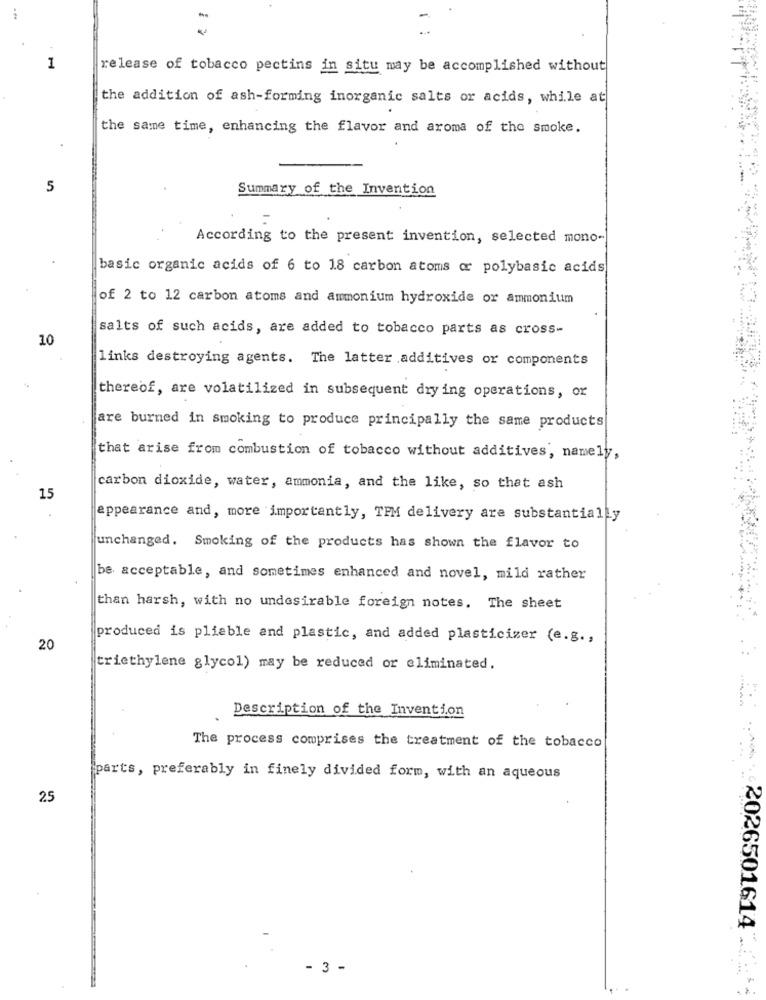
1
release of tobacco pectins in situ may be accomplished without
the addition of ash-forming inorganic salts or acids, while at
the same time, enhancing the flavor and aroma of the smoke.
5
Summary of the Invention
According to the present invention, selected mono-
basic organic acids of 6 to 18 carbon atoms or polybasic acids
of 2 to 12 carbon atoms and ammonium hydroxide or ammonium
salts of such acids, are added to tobacco parts as cross-
10
links destroying agents. The latter additives or components
thereof, are volatilized in subsequent drying operations, or
are burned in smoking to produce principally the same products
that arise from combustion of tobacco without additives, namely,
carbon dioxide, water, ammonia, and the like, so that ash
15
appearance and, more importantly, TPM delivery are substantially
unchanged. Smoking of the products has shown the flavor to
be acceptable, and sometimes enhanced and novel, mild rather
than harsh, with no undesirable foreign notes. The sheet
produced is pliable and plastic, and added plasticizer (e.g .,
20
triethylene glycol) may be reduced or eliminated.
Description of the Invention
The process comprises the treatment of the tobacco
parts, preferably in finely divided form, with an aqueous
25
:2026501614"
- 3 -